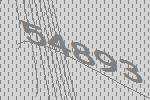
54893